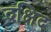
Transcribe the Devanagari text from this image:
दक्षिद